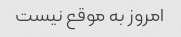
امروز به موقع نیست